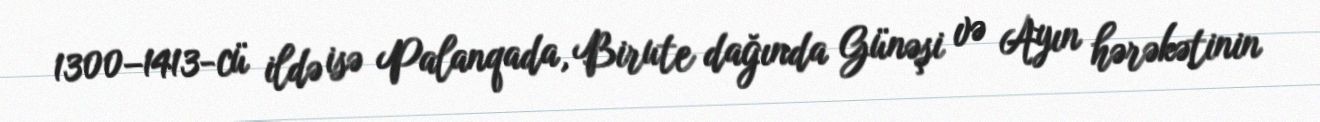
1300–1413-cü ildə isə Palanqada, Birute dağında Günəşi və Ayın hərəkətinin